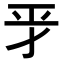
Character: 𢀝